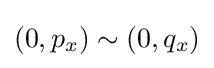
(0,p_{x})\sim (0,q_{x})